Lunatic asylums United Provinces 1909-1921 - 1909-1921
Year: 1909
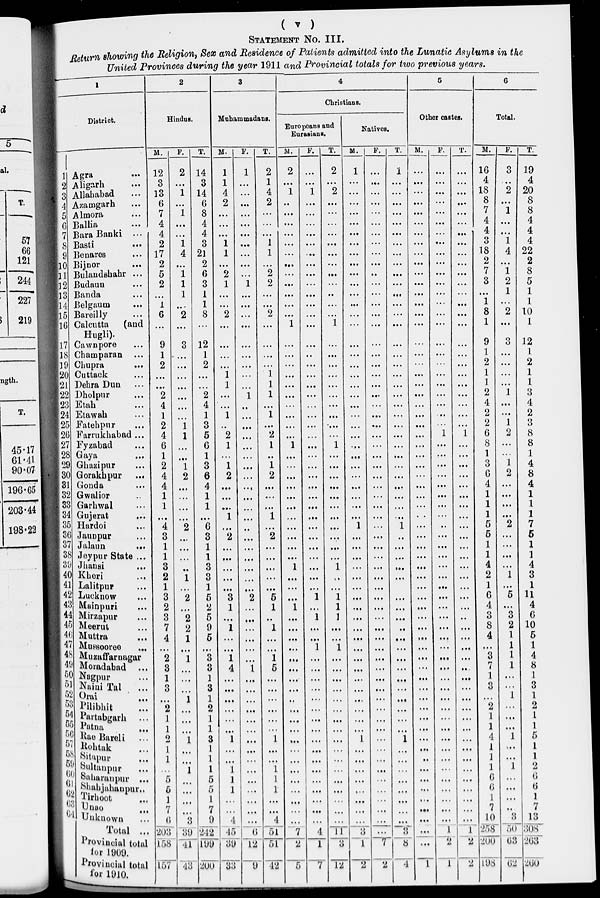
( v )
STATEMENT No. III.
Return showing the Religion, Sex and Residence of Patients admitted into the Lunatic Asylums in the
United Provinces during the year 1911 and Provincial totals for two previous years.
1
District.
1
2
3
4
5
6
7
8
9
10
11
12
13
14
15
16
17
18
19
20
21
22
23
24
25
26
27
28
29
30
31
32
33
34
35
36
37
38
39
40
41
42
43
44
45
46
47
48
49
50
51
52
53
54
55
56
57
58
59
60
61
62
63 64
Agra ...
Aligarh ...
Allahabad ...
Azamgarh ...
Almora ...
Ballia ...
Bara Banki ...
Basti ...
Benares ...
Bijnor ...
Bulandshahr ...
Budaun ...
Banda ...
Belgaum ...
Bareilly ...
Calcutta (and
Hugli).
Cawnpore ...
Champaran ...
Chupra ...
Cuttack ...
Dehra Dun ...
Dholpur ...
Etah ...
Etawah ...
Fatehpur ...
Farrukhabad ...
Fyzabad ...
Gaya ...
Ghazipur ...
Gorakhpur ...
Gonda ...
Gwalior ...
Garhwal ...
Gujerat
...
Hardoi ...
Jaunpur ...
Jalaun
...
Jeypur State ...
Jhansi ...
Kheri ...
Lalitpur ...
Lucknow ...
Mainpuri ...
Mirzapur ...
Meerut ...
Muttra ...
Mussooree ...
Muzaffarnagar
Moradabad
...
Nagpur ...
Naini Tal
...
Orai ...
Pilibhit ...
Partabgarh
...
Patna ...
Rae Bareli
...
Rohtak ...
Sitapur ...
Sultanpur
...
Saharanpur ...
Shahjahanpur ..
Tirhoot ...
Unao
...
Unknown ...
Total ...
Provincial total
for 1909.
Provincial total
for 1910.
2
Hindus.
M.
12
3
13
6
7
4
4
2
17
2
5
2
...
1
6
...
9
1
2
...
...
2
4
1
2
4
6
1
2
4
4
1
1
...
4
3
1
1
3
2
1
3
2
3
7
4
...
2
3
1
3
...
2
1
1
2
1
1
...
5
5
1
7
6
203
158
157
F.
2
...
1
...
1
...
...
1
4
...
1
1
1
...
2
...
3
...
...
...
...
...
...
...
1
1
...
...
1
2
...
...
...
...
2
...
...
...
...
1
...
2
...
2
2
1
...
1
...
...
...
1
...
...
...
1
...
...
1
...
...
...
...
3
39
41
43
T.
14
3
14
6
8
4
4
3
21
2
6
3
1
1
8
...
12
1
2
...
...
2
4
1
3
5
6
1
3
6
4
1
1
...
6
3
1
1
3
3
1
6
2
5
9
6
...
3
3
1
3
1
2
1
1
3
1
1
1
5
5
1
7
9
242
199
200
3
Muhammadans.
M.
1
1
4
2
...
...
...
1
1
...
2
1
...
...
2
...
...
...
...
1
1
...
...
1
...
2
1
...
1
2
...
...
...
1
...
2
...
...
...
...
...
3
1
...
1
...
...
1
4
...
...
...
...
...
...
1
...
...
1
1
1
...
...
4
45
39
33
F.
1
...
...
...
...
...
...
...
...
...
...
1
...
...
...
...
...
...
...
...
...
1
...
...
...
...
...
...
...
...
...
...
...
...
...
...
...
...
...
...
...
2
...
...
...
...
...
...
1
...
...
...
...
...
...
...
...
...
...
...
...
...
...
...
6
12
9
T.
2
1
4
2
...
...
...
1
1
...
2
2
...
...
2
...
...
...
...
1
1
1
...
1
...
2
1
...
1
2
...
...
...
1
...
2
...
...
...
...
...
5
1
...
1
...
...
1
5
...
...
...
...
...
...
1
...
...
1
1
1
...
...
4
51
51
42
4
Christians.
Europeans and
Eurasians.
M.
2
...
1
..
...
...
...
...
...
...
...
...
...
...
...
1
...
...
...
...
...
...
...
...
...
...
1
...
...
...
...
...
...
...
...
...
...
...
1
...
...
...
1
...
...
...
...
...
...
...
...
..
...
...
...
...
...
...
...
...
...
...
...
...
7
2
5
F.
...
...
1
...
...
...
...
...
...
...
...
...
...
...
...
...
...
...
...
...
...
...
...
...
...
...
...
...
...
...
...
...
...
...
...
...
...
...
...
...
...
1
...
1
...
...
1
...
...
...
...
...
...
...
...
...
...
...
...
...
...
...
...
...
4
1
7
T.
2
...
2
...
...
...
...
...
...
...
...
...
...
...
...
1
...
...
...
...
...
...
...
...
...
...
1
...
...
...
...
...
...
...
...
...
...
...
1
..
...
1
1
1
...
...
1
...
...
...
...
...
...
...
...
...
...
...
...
...
...
...
...
...
11
3
12
Natives.
M.
1
...
...
...
...
...
...
...
...
...
...
...
...
...
...
...
...
...
...
...
...
...
...
...
...
...
...
...
...
...
...
...
...
...
1
...
...
...
...
...
...
...
...
...
...
...
...
...
...
...
...
...
...
...
1
...
...
...
...
...
...
...
...
3
1
2
F.
...
...
...
...
...
...
...
...
...
...
...
...
...
...
...
...
...
...
...
...
...
...
...
...
...
...
...
...
...
...
...
...
...
...
...
...
...
...
...
...
...
...
...
...
...
...
...
...
...
...
...
...
...
...
...
...
...
...
...
...
...
...
...
...
...
7
2
T.
1
...
...
...
...
...
...
...
...
...
...
...
...
...
...
...
...
...
...
...
...
...
...
...
...
...
...
...
...
...
...
...
...
...
1
..
...
...
...
...
...
...
...
...
...
...
...
...
...
...
...
...
...
...
1
...
...
...
...
...
...
3
8
4
5
Other castes.
M.
...
...
...
...
...
...
...
...
...
...
...
...
...
...
...
...
...
. . .
...
...
...
.. .
...
...
...
...
...
...
...
...
...
...
...
...
...
...
...
...
...
...
...
...
...
...
...
...
...
...
...
...
...
...
...
...
...
...
...
. .
...
...
...
...
...
...
...
...
1
F.
...
...
...
...
...
...
...
...
...
...
...
...
...
...
...
...
...
...
...
...
...
...
...
...
1
...
...
...
...
...
...
...
...
..
...
...
...
...
...
...
...
...
...
...
...
...
...
...
...
...
...
...
...
...
...
...
...
...
...
...
...
...
...
1
2
1
T.
...
...
...
...
...
...
...
...
...
...
...
...
...
...
...
...
...
...
...
...
...
...
...
...
1
...
...
...
...
...
...
...
...
...
...
...
...
...
...
...
...
...
...
...
...
...
...
...
...
...
...
...
...
...
...
...
...
...
...
...
...
...
1
2
2
6
Total.
M.
16
4
18
8
7
4
4
3
18
2
7
3
...
1
8
1
9
1
2
1
1
2
4
2
2
6
8
1
3
6
4
1
1
1
5
5
1
1
4
2
1
6
4
3
8
4
...
3
7
1
3
...
2
1
1
4
1
1
1
6
6
1
7
10
258
200
198
F.
3
...
2
...
1
...
...
1
4
...
1
2
1
...
2
...
3
...
...
...
...
1
...
...
1
2
...
...
1
2
...
...
...
...
2
...
...
...
...
1
...
5
...
3
2
1
1
1
1
...
...
1
...
...
...
1
...
...
1
...
...
...
...
3
50
63
62
T.
19
4
20
8
8
4
4
4
22
2
8
5
1
1
10
1
12
1
2
1
1
3
4
2
3
8
8
1
4
8
4
1
1
1
7
5
1
1
4
3
1
11
4
6
10
5
1
4
8
1
3
1
2
1
1
5
1
1
2
6
6
1
7
13
308
263
260